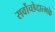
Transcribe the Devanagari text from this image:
सर्वोच्छेदात्मके